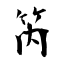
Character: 笍